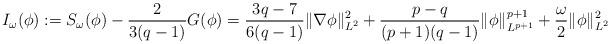
LaTeX: \begin{align*}I_\omega(\phi):= S_\omega(\phi)- \frac{2}{3(q-1)} G(\phi) = \frac{3q-7}{6(q-1)} \|\nabla \phi\|^2_{L^2} + \frac{p-q}{(p+1)(q-1)}\|\phi\|^{p+1}_{L^{p+1}} +\frac{\omega}{2} \|\phi\|^2_{L^2}\end{align*}